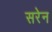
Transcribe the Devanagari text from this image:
सरेन